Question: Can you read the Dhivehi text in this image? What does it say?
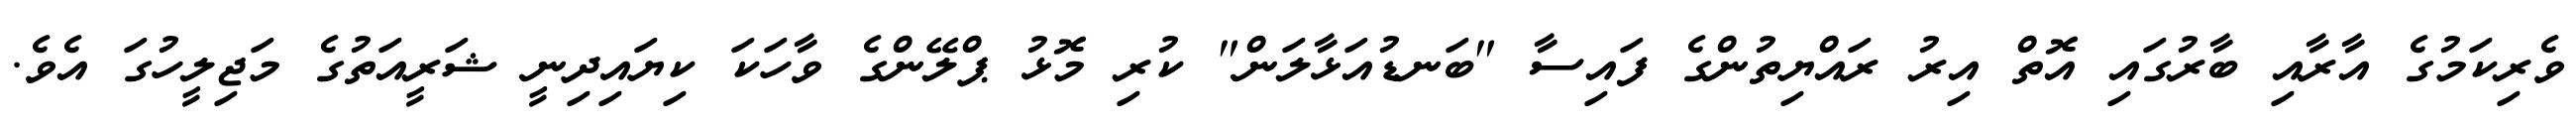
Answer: ވެރިކަމުގެ އާރާއި ބާރުގައި އޮތް އިރު ރައްޔިތުންގެ ފައިސާ "ބަނޑުއަޅާލަން" ކުރި މޮޅު ޕްލޭންގެ ވާހަކަ ކިޔައިދިނީ ޝަރީއަތުގެ މަޖިލީހުގަ އެވެ.